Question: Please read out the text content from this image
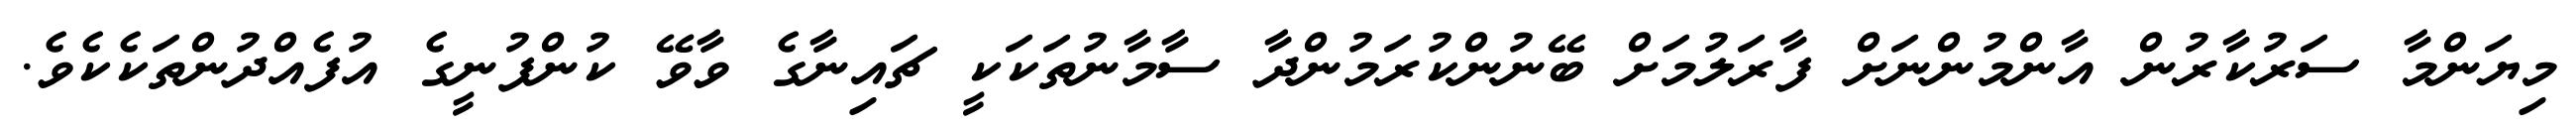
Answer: މިޔަންމާ ސަރުކާރުން އާންމުންނަށް ފާރަލުމަށް ބޭނުންކުރަމުންދާ ސާމާނުތަކަކީ ޗައިނާގެ ވާވޭ ކުންފުނީގެ އުފެއްދުންތަކެކެވެ.